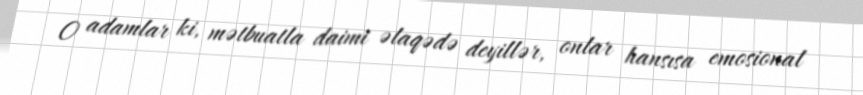
O adamlar ki, mətbuatla daimi əlaqədə deyillər, onlar hansısa emosional